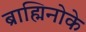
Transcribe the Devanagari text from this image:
ब्राह्मिनोके